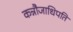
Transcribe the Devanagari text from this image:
कन्नौजाधिपति